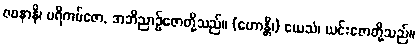
ဇဝနာနိ၊ ပရိကမ်ဇော, အဘိညာဉ်ဇောတို့သည်။ (ဟောန္တိ၊) ယေသံ၊ ယင်းဇောတို့သည်။